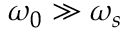
\omega _ { 0 } \gg \omega _ { s }